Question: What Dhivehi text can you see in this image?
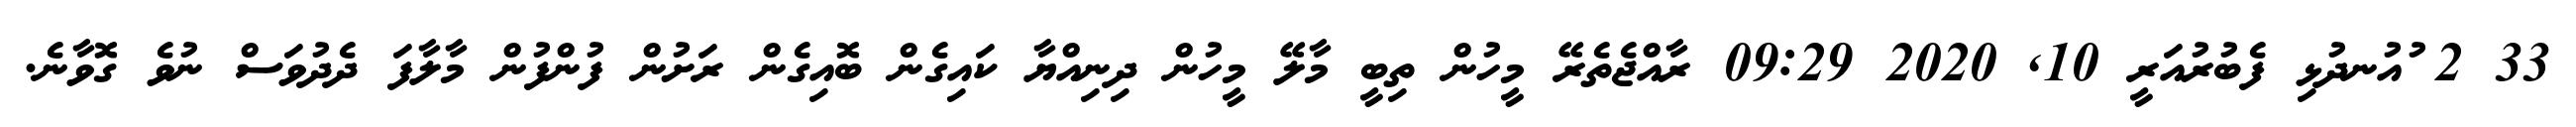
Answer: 33 2 ުއުނދުޅި ފެބުރުއަރީ 10, 2020 09:29 ރާއްޖެތެރޭ މީހުން ތިބީ މާލޭ މީހުން ދިނިއްޔާ ކައިގެން ބޮއިގެން ރަށުން ފުންފުން މާލާފަ ދެދުވަސް ނުވެ ގޮވާނެ.